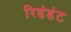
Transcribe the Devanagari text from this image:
रिडंडंट